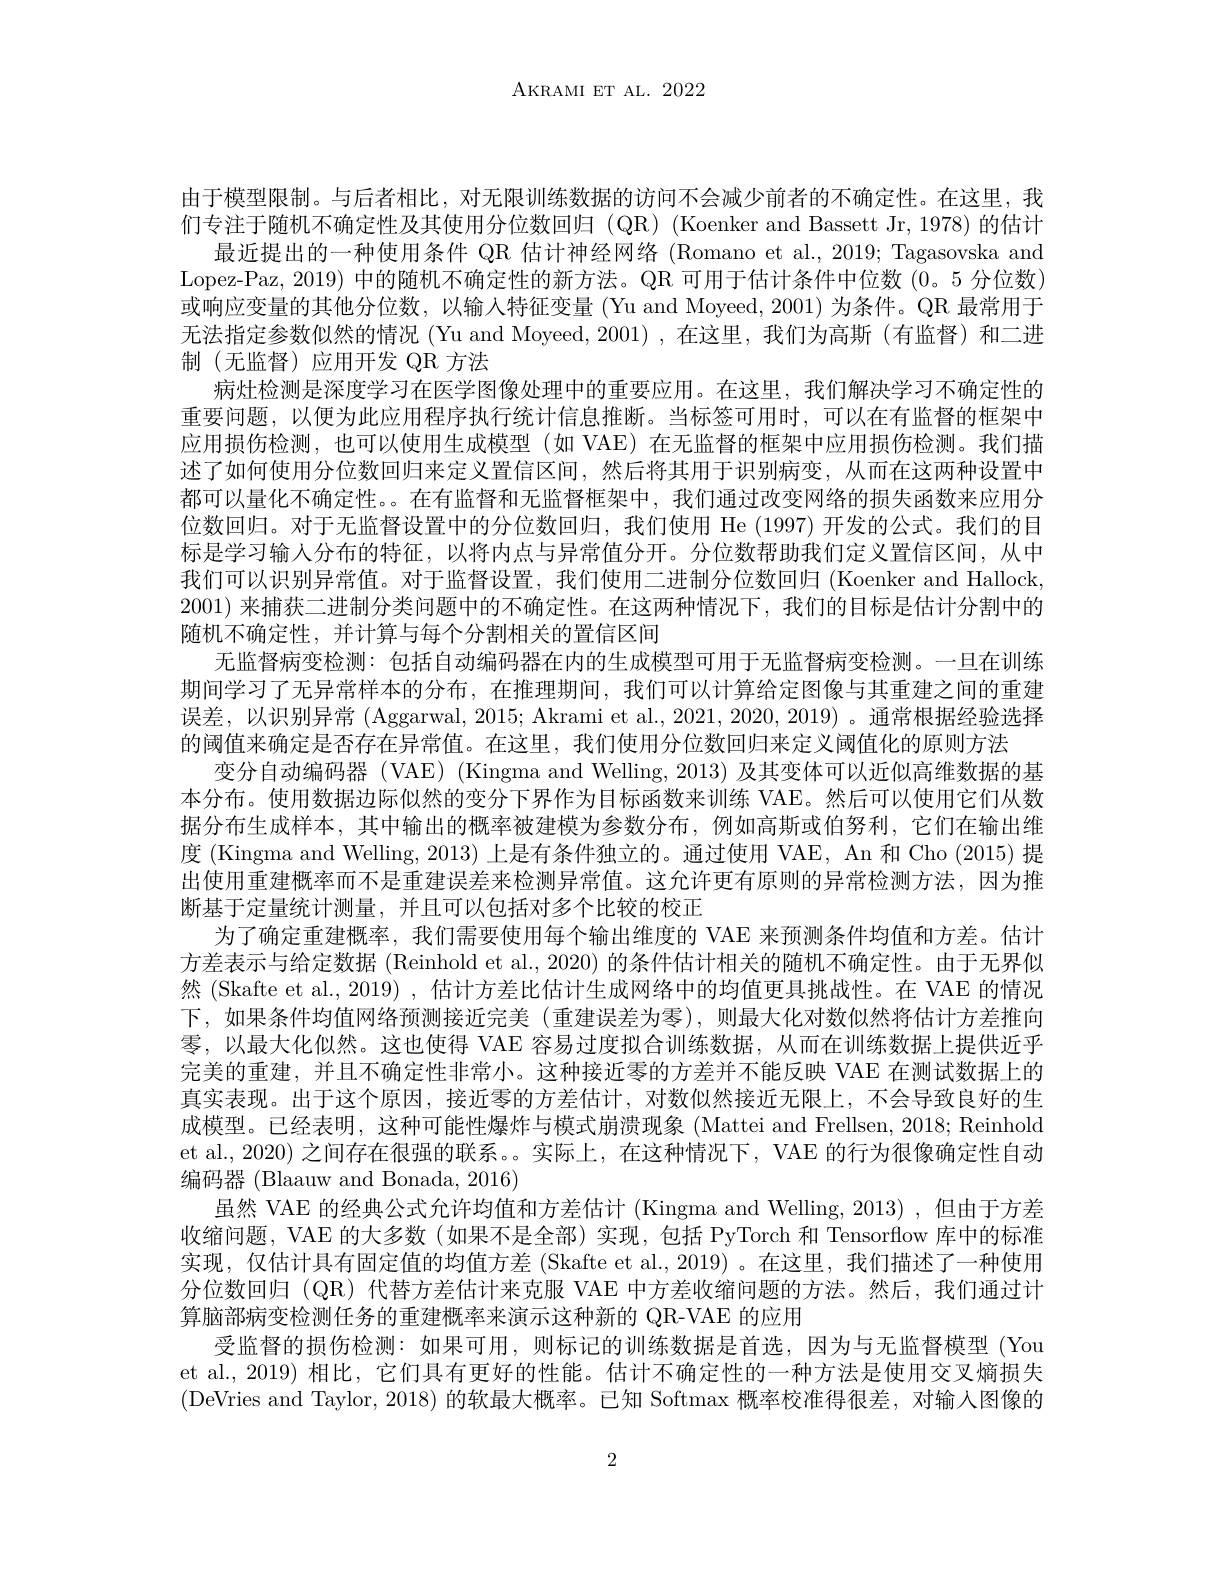
AKRAMI ET AL. 2022

由于模型限制。与后者相比，对无限训练数据的访问不会减少前者的不确定性。在这里，我们专注于随机不确定性及其使用分位数回归 (QR) (Koenker and Bassett Jr, 1978) 的估计
最近提出的一种使用条件 QR 估计神经网络 (Romano et al., 2019; Tagasovska and Lopez-Paz, 2019) 中的随机不确定性的新方法。QR 可用于估计条件中位数(0。5 分位数) 或响应变量的其他分位数，以输入特征变量 (Yu and Moyeed, 2001) 为条件。QR 最常用于无法指定参数似然的情况 (Yu and Moyeed, 2001) ,在这里，我们为高斯 (有监督) 和二进制(无监督)应用开发 QR 方法
病灶检测是深度学习在医学图像处理中的重要应用。在这里，我们解决学习不确定性的重要问题，以便为此应用程序执行统计信息推断。当标签可用时，可以在有监督的框架中应用损伤检测，也可以使用生成模型(如 VAE) 在无监督的框架中应用损伤检测。我们描述了如何使用分位数回归来定义置信区间，然后将其用于识别病变，从而在这两种设置中都可以量化不确定性。。在有监督和尢监督框架中，我们通过改变网络的损失函数来应用分位数回归。对于无监督设置中的分位数回归，我们使用 He (1997)开发的公式。我们的目标是学习输人分布的特征，以将内点与异常值分开。分位数帮助我们定义置信区间，从中我们可以识别异常值。对于监督设置，我们使用二进制分位数回归 (Koenker and Hallock, 2001) 来捕获二进制分类问题中的不确定性。在这两种情况下，我们的目标是估计分割中的随机不确定性，并计算与每个分割相关的置信区间
无监督病变检测：包括自动编码器在内的生成模型可用于无监督病变检测。一旦在训练期间学习了无异常样本的分布，在推理期间，我们可以计算给定图像与其重建之间的重建误差，以识别异常 (Aggarwal, 2015; Akrami et al., 2021, 2020, 2019)。通常根据经验选择的阈值来确定是否存在异常值。在这里，我们使用分位数回归来定义阈值化的原则方法
变分自动编码器 (VAE) (Kingma and Welling, 2013) 及其变体可以近似高维数据的基本分布。使用数据边际似然的变分下界作为目标函数来训练 VAE。然后可以使用它们从数据分布生成样本，其中输出的概率被建模为参数分布，例如高斯或伯努利，它们在输出维度 (Kingma and Welling, 2013) 上是有条件独立的。通过使用 VAE, An 和 Cho (2015) 提出使用重建概率而不是重建误差来检测异常值。这允许更有原则的异常检测方法，因为推断基于定量统计测量，并且可以包括对多个比较的校正
为了确定重建概率，我们需要使用每个输出维度的 VAE 来预测条件均值和方差。估计方差表示与给定数据 (Reinhold et al., 2020) 的条件估计相关的随机不确定性。由于无界似然 (Skafte et al., 2019) , 估计方差比估计生成网络中的均值更具挑战性。在 VAE 的情况下，如果条件均值网络预测接近完美(重建误差为零),则最大化对数似然将估计方差推向零，以最大化似然。这也使得 VAE 容易过度拟合训练数据，从而在训练数据上提供近乎完美的重建，并且不确定性非常小。这种接近零的方差并不能反映 VAE 在测试数据上的真实表现。出于这个原因，接近零的方差估计，对数似然接近无限上，不会导致良好的生成模型。已经表明，这种可能性爆炸与模式崩溃现象 (Mattei and Frellsen, 2018; Reinhold et al., 2020) 之间存在很强的联系。。实际上，在这种情况下，VAE 的行为很像确定性自动编码器 (Blaauw and Bonada, 2016)
虽然 VAE 的经典公式允许均值和方差估计 (Kingma and Welling, 2013) ,但由于方差收缩问题，VAE 的大多数 (如果不是全部) 实现，包括 PyTorch 和 Tensorflow 库中的标准实现，仅估计具有固定值的均值方差(Skafte et al.,2019)。在这里，我们描述了一种使用分位数回归 (QR) 代替方差估计来克服 VAE 中方差收缩问题的方法。然后，我们通过计算脑部病变检测任务的重建概率来演示这种新的 QR-VAE 的应用
受监督的损伤检测：如果可用，则标记的训练数据是首选，因为与无监督模型 (You et al., 2019) 相比，它们具有更好的性能。估计不确定性的一种方法是使用交叉熵损失(DeVries and Taylor, 2018) 的软最大概率。已知 Softmax 概率校准得很差，对输入图像的

2